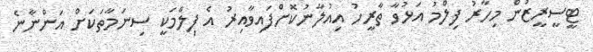
ޓީސީރީޒުން މިހާރު ފިލްމު އަޅުވާ ތާރީހު އިއުލާނުކޮށްފައިވާއިރު އެ ފިލްމަކީ ސިނަމާތަކަށް އަންނާނެ